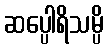
ဆပ္ပေါရိသမ္ပိ